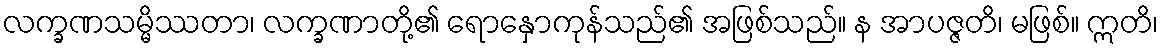
လက္ခဏသမ္မိဿတာ၊ လက္ခဏာတို့၏ ရောနှောကုန်သည်၏ အဖြစ်သည်။ န အာပဇ္ဇတိ၊ မဖြစ်။ ဣတိ၊